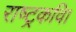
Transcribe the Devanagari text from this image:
राष्ट्रकवि।